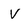
Character: V